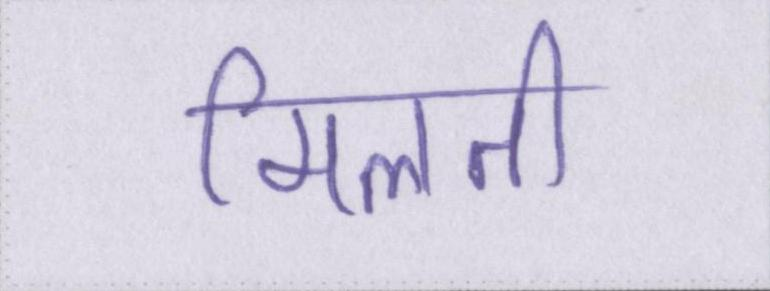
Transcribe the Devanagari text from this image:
मिलती